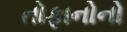
તોફાનોનો